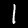
Digit: 1